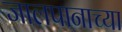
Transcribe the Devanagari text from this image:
जालपानाच्या